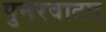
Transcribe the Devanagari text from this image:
पुनरवाटप